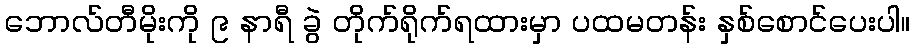
ဘောလ်တီမိုးကို ၉ နာရီ ခွဲ တိုက်ရိုက်ရထားမှာ ပထမတန်း နှစ်စောင်ပေးပါ။